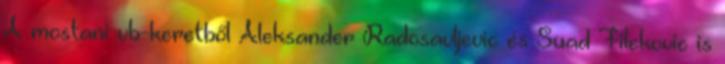
A mostani vb-keretből Aleksander Radosavljevic és Suad Filekovic is